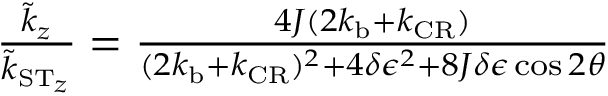
\begin{array} { r } { \frac { \tilde { k } _ { z } } { \tilde { k } _ { \ensuremath { \mathrm { S } } \ensuremath { \mathrm { T } } _ { z } } } = \frac { 4 J ( 2 k _ { \mathrm { b } } + k _ { \mathrm { C R } } ) } { ( 2 k _ { \mathrm { b } } + k _ { \mathrm { C R } } ) ^ { 2 } + 4 \delta \epsilon ^ { 2 } + 8 J \delta \epsilon \cos 2 \theta } } \end{array}